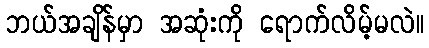
ဘယ်အချိန်မှာ အဆုံးကို ရောက်လိမ့်မလဲ။